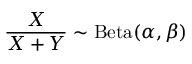
{ \frac { X } { X + Y } } \sim \operatorname { B e t a } ( \alpha , \beta )